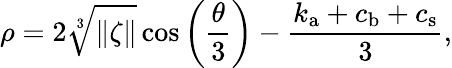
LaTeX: \rho=2\sqrt[3]{\| \zeta\| }\cos{\left(\frac{\theta}{3}\right)-\frac{k_{\mathrm{a}}+c_{\mathrm{b}}+c_{\mathrm{s}}}{3}},